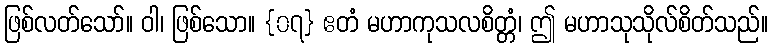
ဖြစ်လတ်သော်။ ဝါ၊ ဖြစ်သော။ {၀၇} ဧတံ မဟာကုသလစိတ္တံ၊ ဤ မဟာသုသိုလ်စိတ်သည်။